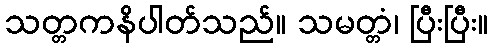
သတ္တကနိပါတ်သည်။ သမတ္တံ၊ ပြီးပြီး။